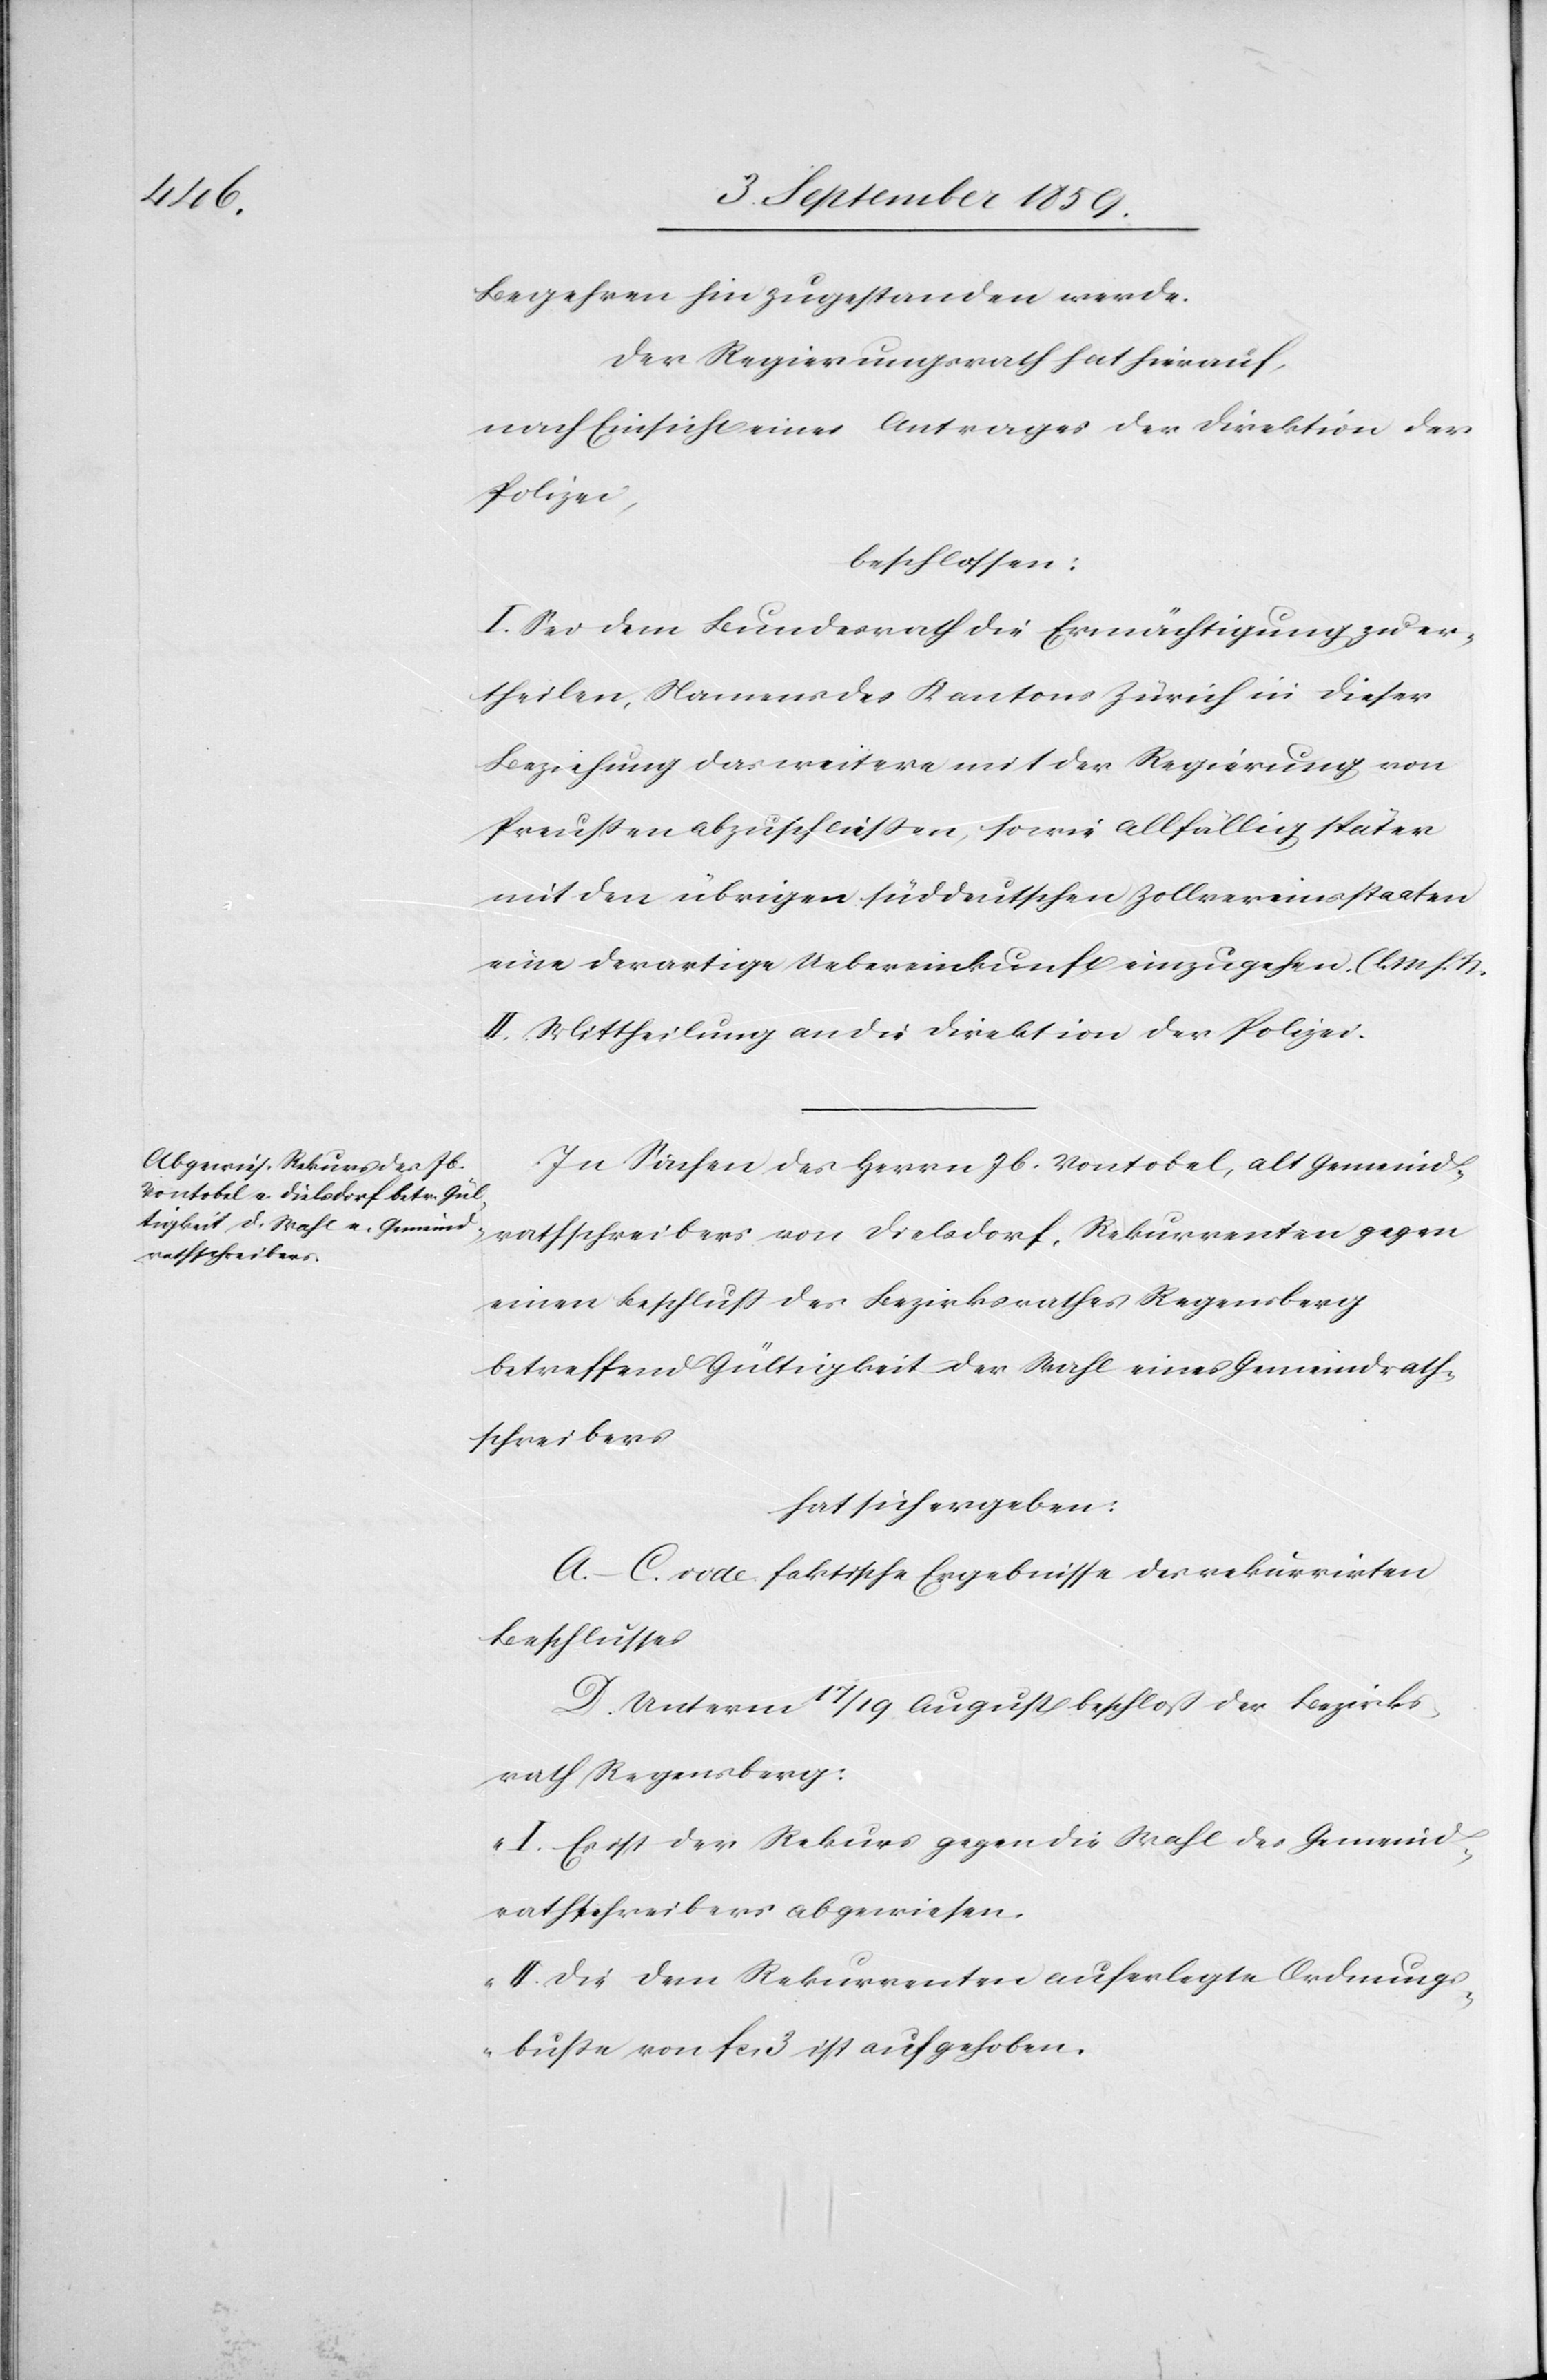
Begehren hin zugestanden werde.
Der Regierungsrath hat hierauf,
nach Einsicht eines Antrages der Direktion der
Polizei,
beschlossen:
I. Sei dem Bundesrath die Ermächtigung zu er¬
theilen, Namens des Kantons Zürich in dieser
Beziehung das weitere mit der Regierung von
Preußen abzuschließen, sowie allfällig später
mit den übrigen süddeutschen Zollvereinsstaaten
eine derartige Uebereinkunft einzugehen. (l. M. h.
II. Mittheilung an die Direktion der Polizei.
In Sachen des Herrn Jb. Vontobel, alt Gemeind¬
rathschreibers von Dielsdorf, Rekurrenten gegen
einen Beschluß des Bezirksrathes Regensberg
betreffend Gültigkeit der Wahl eines Gemeindrath¬
schreibers
hat sich ergeben:
A.–C. vide faktische Ergebnisse des rekurrirten
Beschlusses[.]
D. Unterm 17/19 August beschloß der Bezirks¬
rath Regensberg:
„I. Es ist der Rekurs gegen die Wahl des Gemeind¬
rathschreibers abgewiesen.
II. Die dem Rekurrenten auferlegte Ordnungs¬
buße von fcs. 3 ist aufgehoben.